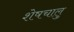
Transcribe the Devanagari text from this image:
शेषचालु